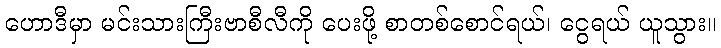
ဟောဒီမှာ မင်းသားကြီးဗာစီလီကို ပေးဖို့ စာတစ်စောင်ရယ်၊ ငွေရယ် ယူသွား။